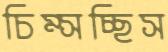
চিম্‌সচ্ছিস